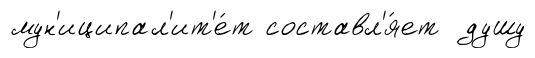
мун'иципал'ит'е́т составл'я́ет душу